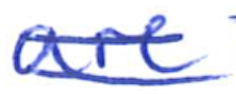
Text: are
Cross-out: double-line
Writing tool: ballpoint